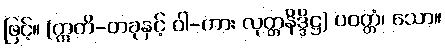
ဖြင့်။ (ဣတိ-တခုနှင့် ဝါ-ကား လုတ္တနိဒ္ဒိဋ္ဌ) ပဝတ္တံ၊ သော။